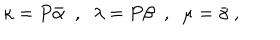
LaTeX: \kappa = P { \bar { \alpha } } \; \; , \; \; \lambda = P \beta \; \; , \; \; \mu = { \bar { \gamma } } \; ,